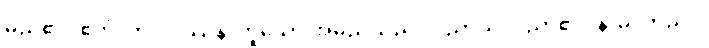
မည်၏။ ဧတံ၊ ဤဝိပဿနာဟူသော အမည်သည်။ ပညာယ၊ ပညာ၏။ နာမံ၊ တည်း။